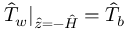
\hat { T } _ { w } | _ { \hat { z } = - \hat { H } } = \hat { T } _ { b }